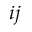
i j